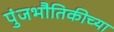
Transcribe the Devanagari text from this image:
पुंजभौतिकीच्या